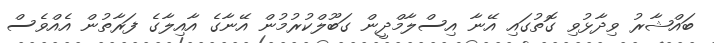
ބައްޝާރު ވިދާޅުވި ގޮތުގައި އޭނާ އިސްލާމްދީން ގަބޫލްކުރުމުން އޭނާގެ އާއިލާގެ ފަރާތުން އެއްވެސް